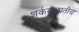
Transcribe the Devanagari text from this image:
शर्कराजातीय